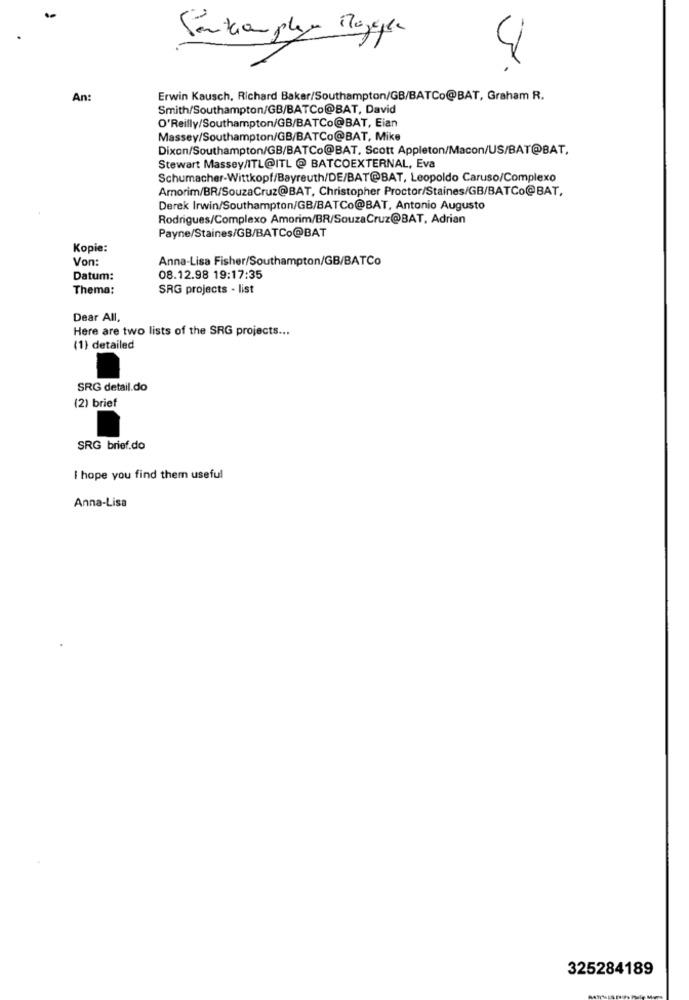
Sinkapla Magen
4
An:
Erwin Kausch, Richard Baker/Southampton/GB/BATCo@BAT, Graham R.
Smith/Southampton/GB/BATCo@BAT, David
O'Reilly/Southampton/GB/BATCo@BAT, Eian
Massey/Southampton/GB/BATCo@BAT, Mike
Dixon/Southampton/GB/BATCo@BAT, Scott Appleton/Macon/US/BAT@BAT,
Stewart Massey/ITL@ITL @ BATCOEXTERNAL, Eva
Schumacher-Wittkopf/Bayreuth/DE/BAT@BAT, Leopoldo Caruso/Complexo
Amorim/BR/SouzaCruz@BAT, Christopher Proctor/Staines/GB/BATCo@BAT,
Derek Irwin/Southampton/GB/BATCo@BAT, Antonio Augusto
Rodrigues/Complexo Amorim/BR/SouzaCruz@BAT, Adrian
Payne/Staines/GB/BATCo@BAT
Kopie:
Von:
Anna-Lisa Fisher/Southampton/GB/BATCo
Datum:
08.12.98 19:17:35
Thema;
SRG projects - list
Dear All,
Here are two lists of the SRG projects ...
(1) detailed
SRG detail.do
(2) brief
SRG brief.do
I hope you find them useful
Anna-Lisa
325284189